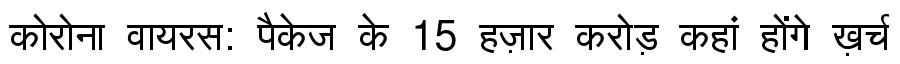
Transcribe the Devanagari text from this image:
कोरोना वायरस: पैकेज के 15 हज़ार करोड़ कहां होंगे ख़र्च